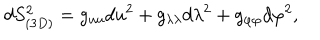
d S _ { ( 3 D ) } ^ { 2 } = g _ { u u } d u ^ { 2 } + g _ { \lambda \lambda } d \lambda ^ { 2 } + g _ { \varphi \varphi } d \varphi ^ { 2 } ,